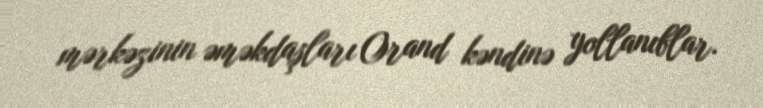
mərkəzinin əməkdaşları Orand kəndinə yollanıblar.